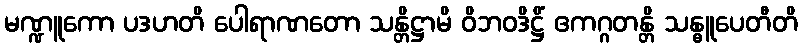
မဏ္ဍူကော ပဒဟတိ ပေါရာဏတော သန္တိဋ္ဌာမိ ဝိဘဝဒိဋ္ဌိံ ဧကဂ္ဂတန္တိ သန္ဓူပေတီတိ